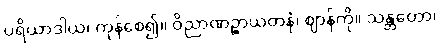
ပရိယာဒါယ၊ ကုန်စေ၍။ ဝိညာဏဉ္စာယတနံ၊ ဈာန်ကို။ သန္တတော၊